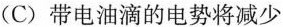
(C)带电油滴的电势将减少